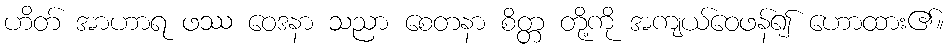
ဟိတ် အာဟာရ ဖဿ ဝေဒနာ သညာ စေတနာ စိတ္တ တို့ကို အကျယ်ဝေဖန်၍ ဟောထား၏။